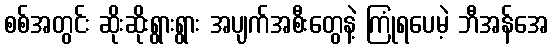
စစ်အတွင်း ဆိုးဆိုးရွားရွား အပျက်အစီးတွေနဲ့ ကြုံရပေမဲ့ ဘီအန်အေ